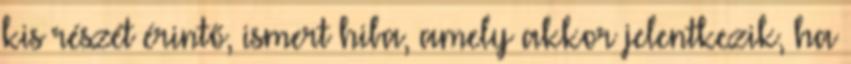
kis részét érintő, ismert hiba, amely akkor jelentkezik, ha